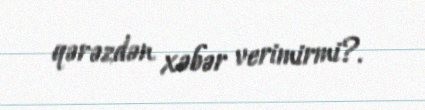
qərəzdən xəbər verimirmi?.